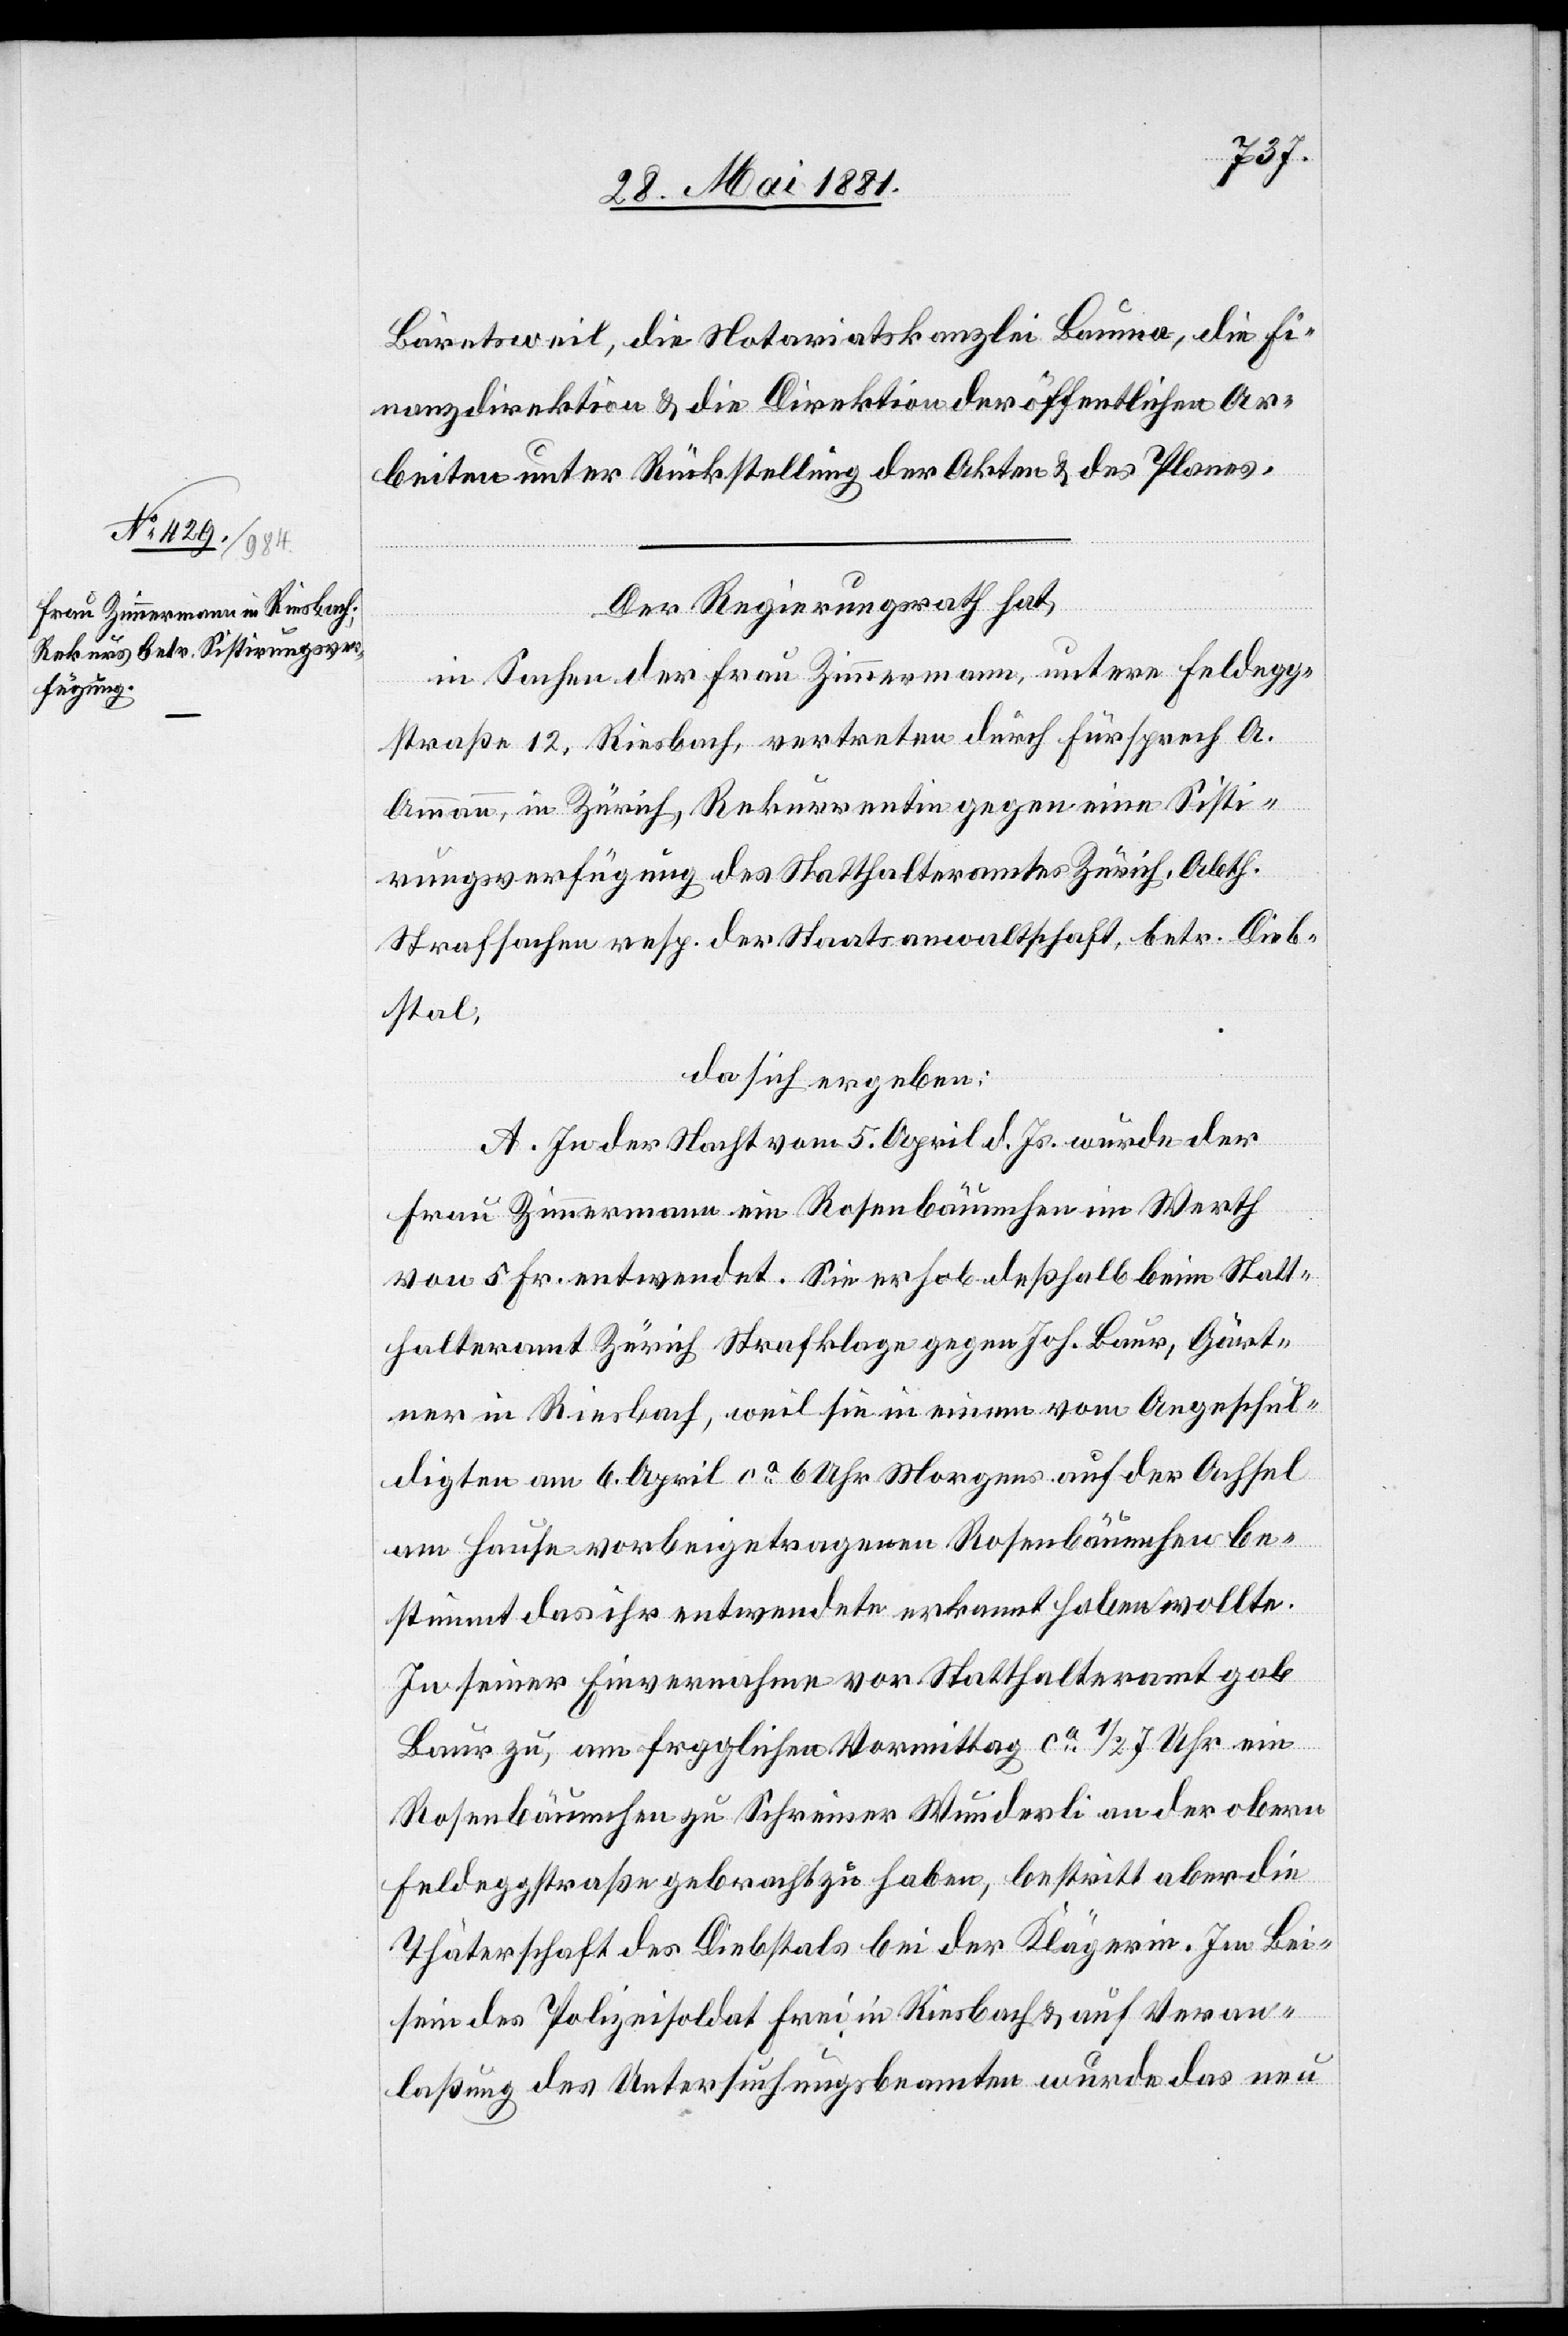
Bäretsweil, die Notariatskanzlei Bauma, die Fi¬
nanzdirektion & die Direktion der öffentlichen Ar¬
beiten unter Rückstellung der Akten & des Planes.
Der Regierungsrath hat,
in Sachen der Frau Zimmermann, untere Feldegg¬
straße 12, Riesbach, vertreten durch Fürsprech A.
Ammann, in Zürich, Rekurrentin gegen eine Sisti¬
rungsverfügung des Statthalteramtes Zürich, Abth.
Strafsachen resp. der Staatsanwaltschaft, betr. Dieb¬
stal,
da sich ergeben:
A. In der Nacht vom 5. April d. Js. wurde der
Frau Zimmermann ein Rosenbäumchen im Werth
von 5 Fr. entwendet. Sie erhob deßhalb beim Statt¬
halteramt Zürich Strafklage gegen Joh. Baur, Gärt¬
ner in Riesbach, weil sie in einem vom Angeschul¬
digten am 6. April ca 6 Uhr Morgens auf der Achsel
am Hause vorbeigetragenen Rosenbäumchen be¬
stimmt das ihr entwendete erkannt haben wollte.
In seiner Einvernahme vor Statthalteramt gab
Baur zu, am fraglichen Vormittag ca 1/2 7 Uhr ein
Rosenbäumchen zu Schreiner Wunderli an der obern
Feldeggstraße gebracht zu haben, bestritt aber die
Thäterschaft des Diebstals bei der Klägerin. Im Bei¬
sein des Polizeisoldat Frei in Riesbach & auf Veran¬
laßung des Untersuchungsbeamten wurde das neu